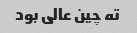
ته چین عالی بود